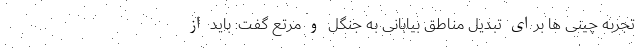
تجربه چینی ها برای تبدیل مناطق بیابانی به جنگل و مرتع گفت: باید از